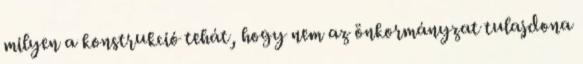
milyen a konstrukció tehát, hogy nem az önkormányzat tulajdona